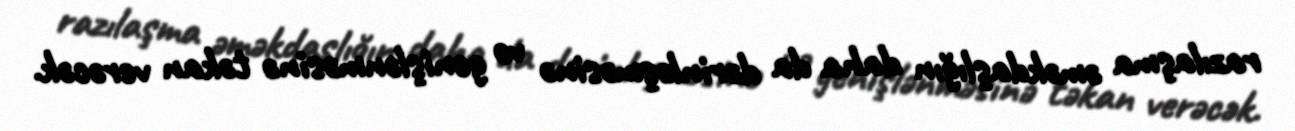
razılaşma əməkdaşlığın daha da dərinləşməsinə və genişlənməsinə təkan verəcək.